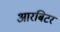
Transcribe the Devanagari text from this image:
आरबिटर